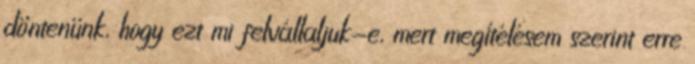
döntenünk, hogy ezt mi felvállaljuk-e, mert megítélésem szerint erre